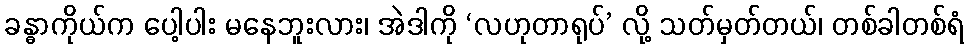
ခန္ဓာကိုယ်က ပေါ့ပါး မနေဘူးလား၊ အဲဒါကို ‘လဟုတာရုပ်’ လို့ သတ်မှတ်တယ်၊ တစ်ခါတစ်ရံ